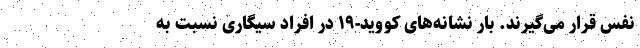
نفس قرار می‌گیرند. بار نشانه‌های کووید-۱۹ در افراد سیگاری نسبت به